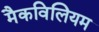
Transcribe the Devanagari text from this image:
मैकविलियम